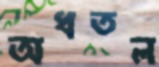
অধতল